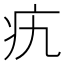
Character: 𤴦